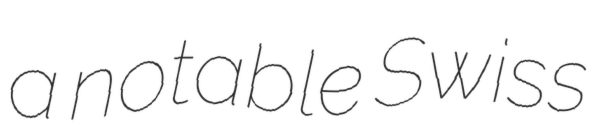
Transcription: a notable Swiss